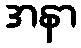
အနာ